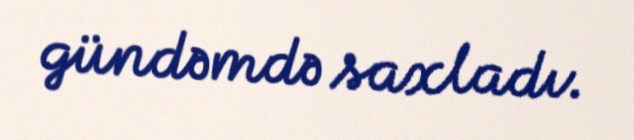
gündəmdə saxladı.